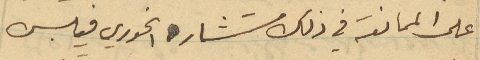
على الممانعة في ذلك مستشاره الخوري فيلبس